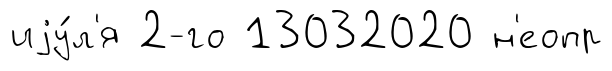
иjу́л'я 2-го 13032020 н'еопр